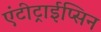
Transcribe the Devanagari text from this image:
एंटीट्राईप्सिन